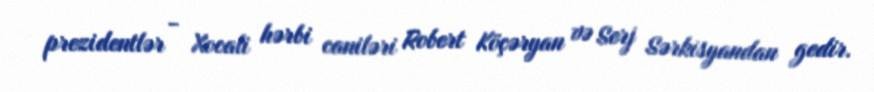
prezidentlər - Xocali hərbi caniləri Robert Köçəryan və Serj Sərkisyandan gedir.